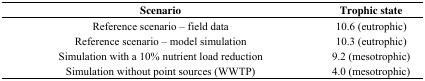
<table><thead><tr><td><b>Scenario</b></td><td><b>Trophic state</b></td></tr></thead><tbody><tr><td>Reference scenario – field data</td><td>10.6 (eutrophic)</td></tr><tr><td>Reference scenario – model simulation</td><td>10.3 (eutrophic)</td></tr><tr><td>Simulation with a 10% nutrient load reduction</td><td>9.2 (mesotrophic)</td></tr><tr><td>Simulation without point sources (WWTP)</td><td>4.0 (mesotrophic)</td></tr></tbody></table>